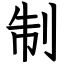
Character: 制